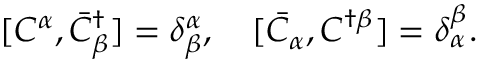
[ C ^ { \alpha } , \bar { C } _ { \beta } ^ { \dagger } ] = \delta _ { \beta } ^ { \alpha } , \quad [ \bar { C } _ { \alpha } , C ^ { \dagger \beta } ] = \delta _ { \alpha } ^ { \beta } .